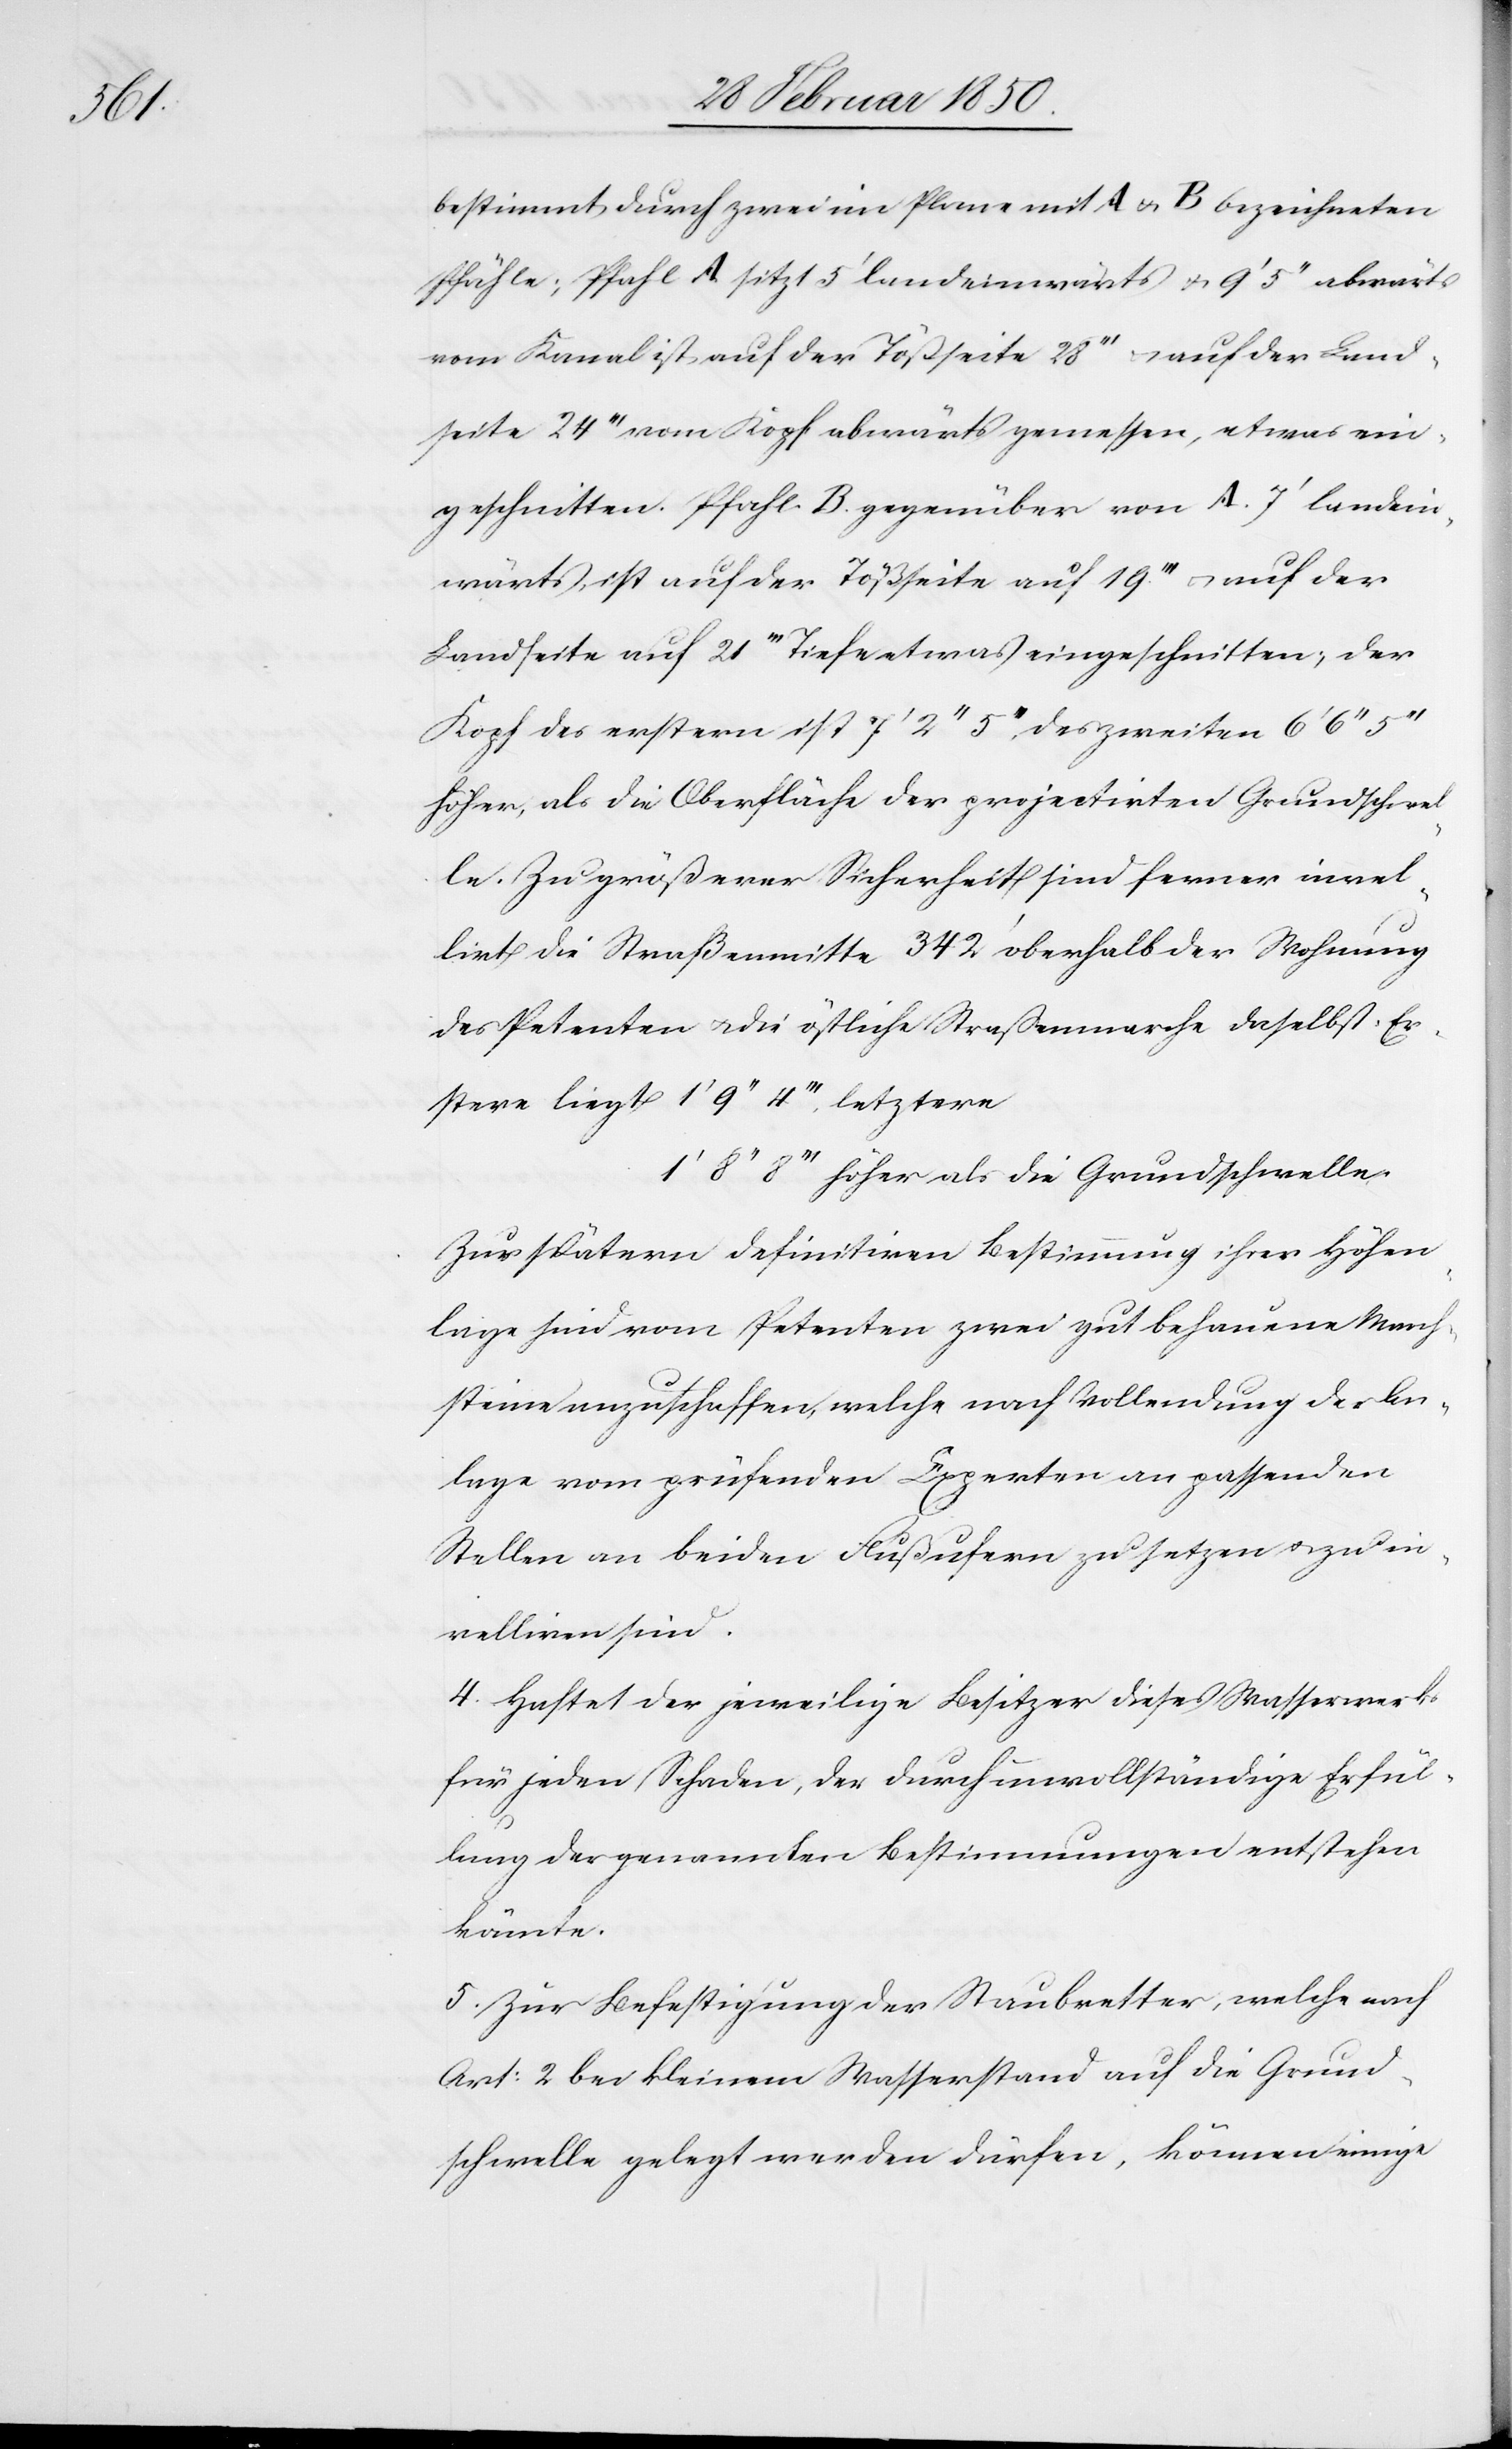
5ʼʼʼ

bestimmt durch zwei im Plane A u. B bezeichneten
Pfähle; Pfahl A sitzt 5ʼ landeinwärts u. 9ʼ 5ʼʼ abwärts
vom Kanal ist auf der Tößseite 28ʼʼ u. auf der Land¬
seite 24ʼʼ vom Kopf abwärts gemessen, etwas ein¬
geschnitten. Pfahl B. gegenüber von A. 7ʼ landein¬
wärts, ist auf der Tößseite auf 19ʼʼʼ u. auf der
Landseite auf 21ʼʼʼ Tiefe etwas eingeschnitten; der
Kopf des erstern ist 7ʼ 2ʼʼ 5ʼʼʼ des zweiten 6ʼ 6ʼʼ
höher, als die Oberfläche der projectirten Grundschwel¬
le. Zu größerer Sicherheit sind ferner nivel¬
lirt die Straßenmitte 342ʼ oberhalb der Wohnung
des Petenten u. die östliche Straßenmarche daselbst. Er¬
stere liegt		1ʼ 9ʼʼ 4ʼʼʼ letztere
1ʼ 8ʼʼ 8ʼʼʼ höher als die Grundschwelle.
Zur spätern definitiven Bestimmung ihrer Höhen¬
lage sind vom Petenten zwei gut behauene March¬
steine anzuschaffen, welche nach Vollendung der An¬
lage vom prüfenden Experten an passenden
Stellen an beiden Flußufern zu setzen u. zu ni¬
velliren sind.
4. Haftet der jeweilige Besitzer dieses Wasserwerks
für jeden Schaden, der durch unvollständige Erfül¬
lung der genannten Bestimmungen entstehen
könnte.
5. Zur Befestigung der Staubretter, welche nach
Art: 2 bei kleinem Wasserstand auf die Grund¬
schwelle gelegt werden dürfen, können einige